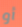
أو